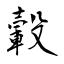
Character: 轂